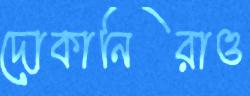
দোকানিরাও